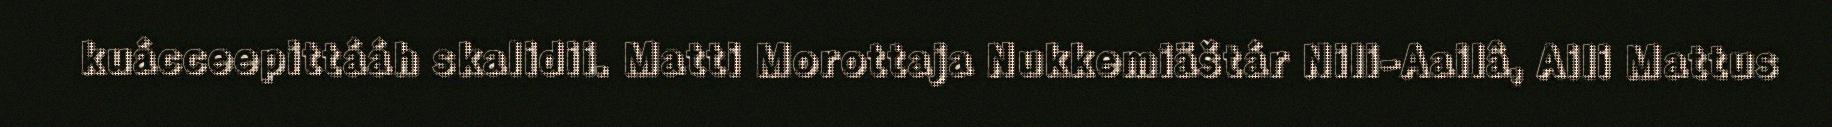
kuácceepittááh skalidii. Matti Morottaja Nukkemiäštár Nili-Aailâ, Aili Mattus